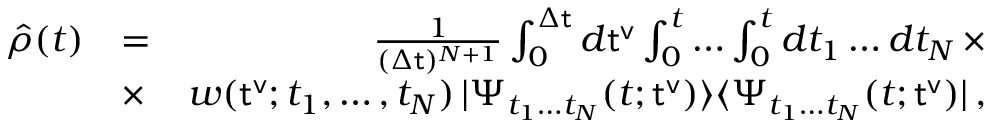
\begin{array} { r l r } { \hat { \rho } ( t ) } & { = } & { \frac { 1 } { ( \Delta { \sf t } ) ^ { N + 1 } } \int _ { 0 } ^ { \Delta { \sf t } } d { \sf t ^ { v } } \int _ { 0 } ^ { t } \dots \int _ { 0 } ^ { t } d t _ { 1 } \dots d t _ { N } \, \times } \\ { ~ ~ } & { \times } & { w ( { \sf t ^ { v } } ; t _ { 1 } , \dots , t _ { N } ) \, | \Psi _ { t _ { 1 } \dots t _ { N } } ( t ; { \sf t ^ { v } } ) \rangle \langle \Psi _ { t _ { 1 } \dots t _ { N } } ( t ; { \sf t ^ { v } } ) | \, , } \end{array}